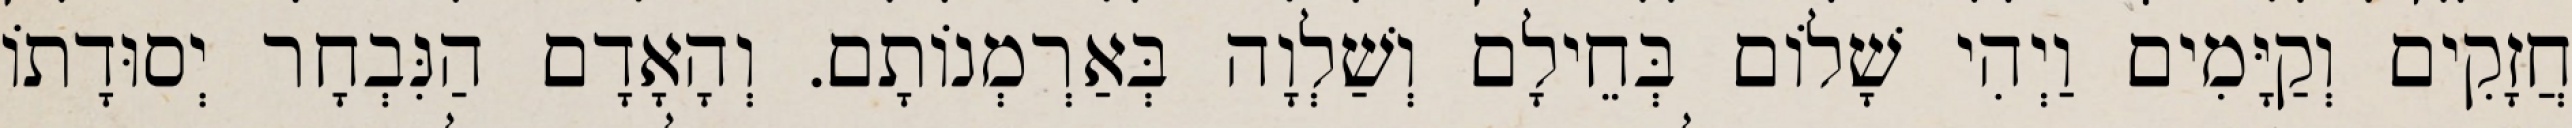
חֲזָקִים וְקַיָּמִים וַיְהִי שָׁלוֹם בְּחֵילָם וְשַׁלְוָה בְּאַרְמְנוֹתָם. וְהָאָדָם הַנִּבְחָר יְסוּדָתוֹ